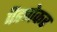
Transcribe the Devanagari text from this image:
पॆडणेकर